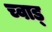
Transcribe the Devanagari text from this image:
च्वाड्